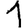
Digit: 1